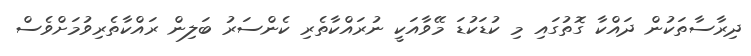
ދިރާސާތަކުން ދައްކާ ގޮތުގައި މި ކުޑަކުޑަ މޭވާއަކީ ނުރައްކާތެރި ކެންސަރު ބަލިން ރައްކާތެރިވުމަށްވެސް